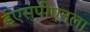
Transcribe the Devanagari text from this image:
ईएस्‌पीएनला